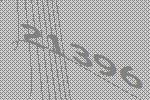
21396